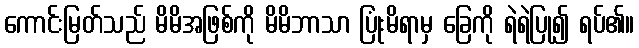
ကောင်းမြတ်သည် မိမိအဖြစ်ကို မိမိဘာသာ ပြုံးမိရာမှ ခြေကို ရဲရဲပြု၍ ရပ်၏။